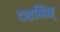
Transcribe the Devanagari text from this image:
दशमिन्‌